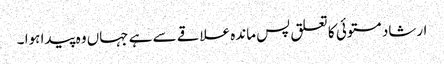
ارشاد مستوئی کا تعلق پس ماندہ علاقے سے ہے جہاں وہ پیدا ہوا ۔